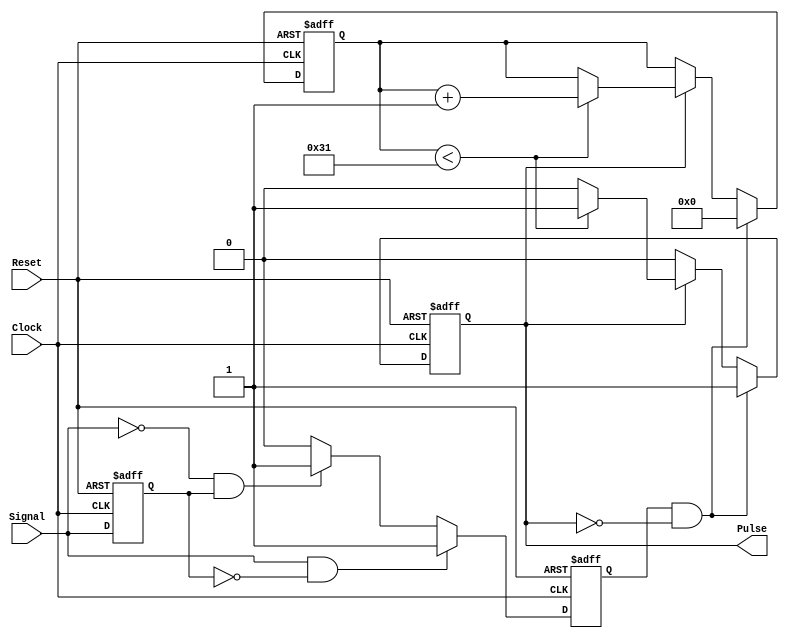
module MonostableEdgeDetector (
    input wire Signal,       // Input signal to detect edges
    input wire Clock,       // Clock signal
    input wire Reset,       // Reset signal
    output reg Pulse        // Output pulse
);

    parameter PULSE_WIDTH = 50; // Pulse width in clock cycles

    reg Signal_d;            // Delayed version of Signal
    reg [5:0] Counter;      // Counter for pulse width
    reg EdgeDetected;       // Flag for edge detection

    // Edge detection logic
    always @(posedge Clock or posedge Reset) begin
        if (Reset) begin
            Signal_d <= 0;         // Clear delayed signal on reset
            EdgeDetected <= 0;     // Clear edge detected flag
        end else begin
            Signal_d <= Signal;    // Store the previous state of Signal
            
            // Detect rising or falling edge
            if (Signal && !Signal_d) begin
                EdgeDetected <= 1;   // Rising edge detected
            end else if (!Signal && Signal_d) begin
                EdgeDetected <= 1;   // Falling edge detected
            end else begin
                EdgeDetected <= 0;    // No edge detected
            end
        end
    end

    // Pulse generation logic
    always @(posedge Clock or posedge Reset) begin
        if (Reset) begin
            Pulse <= 0;              // Reset pulse output
            Counter <= 0;            // Reset counter
        end else begin
            if (EdgeDetected && !Pulse) begin
                Pulse <= 1;           // Generate pulse on edge
                Counter <= 0;         // Reset counter
            end else if (Pulse) begin
                if (Counter < PULSE_WIDTH - 1) begin
                    Counter <= Counter + 1; // Increment counter
                end else begin
                    Pulse <= 0;           // End pulse after the duration
                end
            end
        end
    end

endmodule